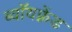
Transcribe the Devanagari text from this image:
ब्वॉयफ़्रेंड